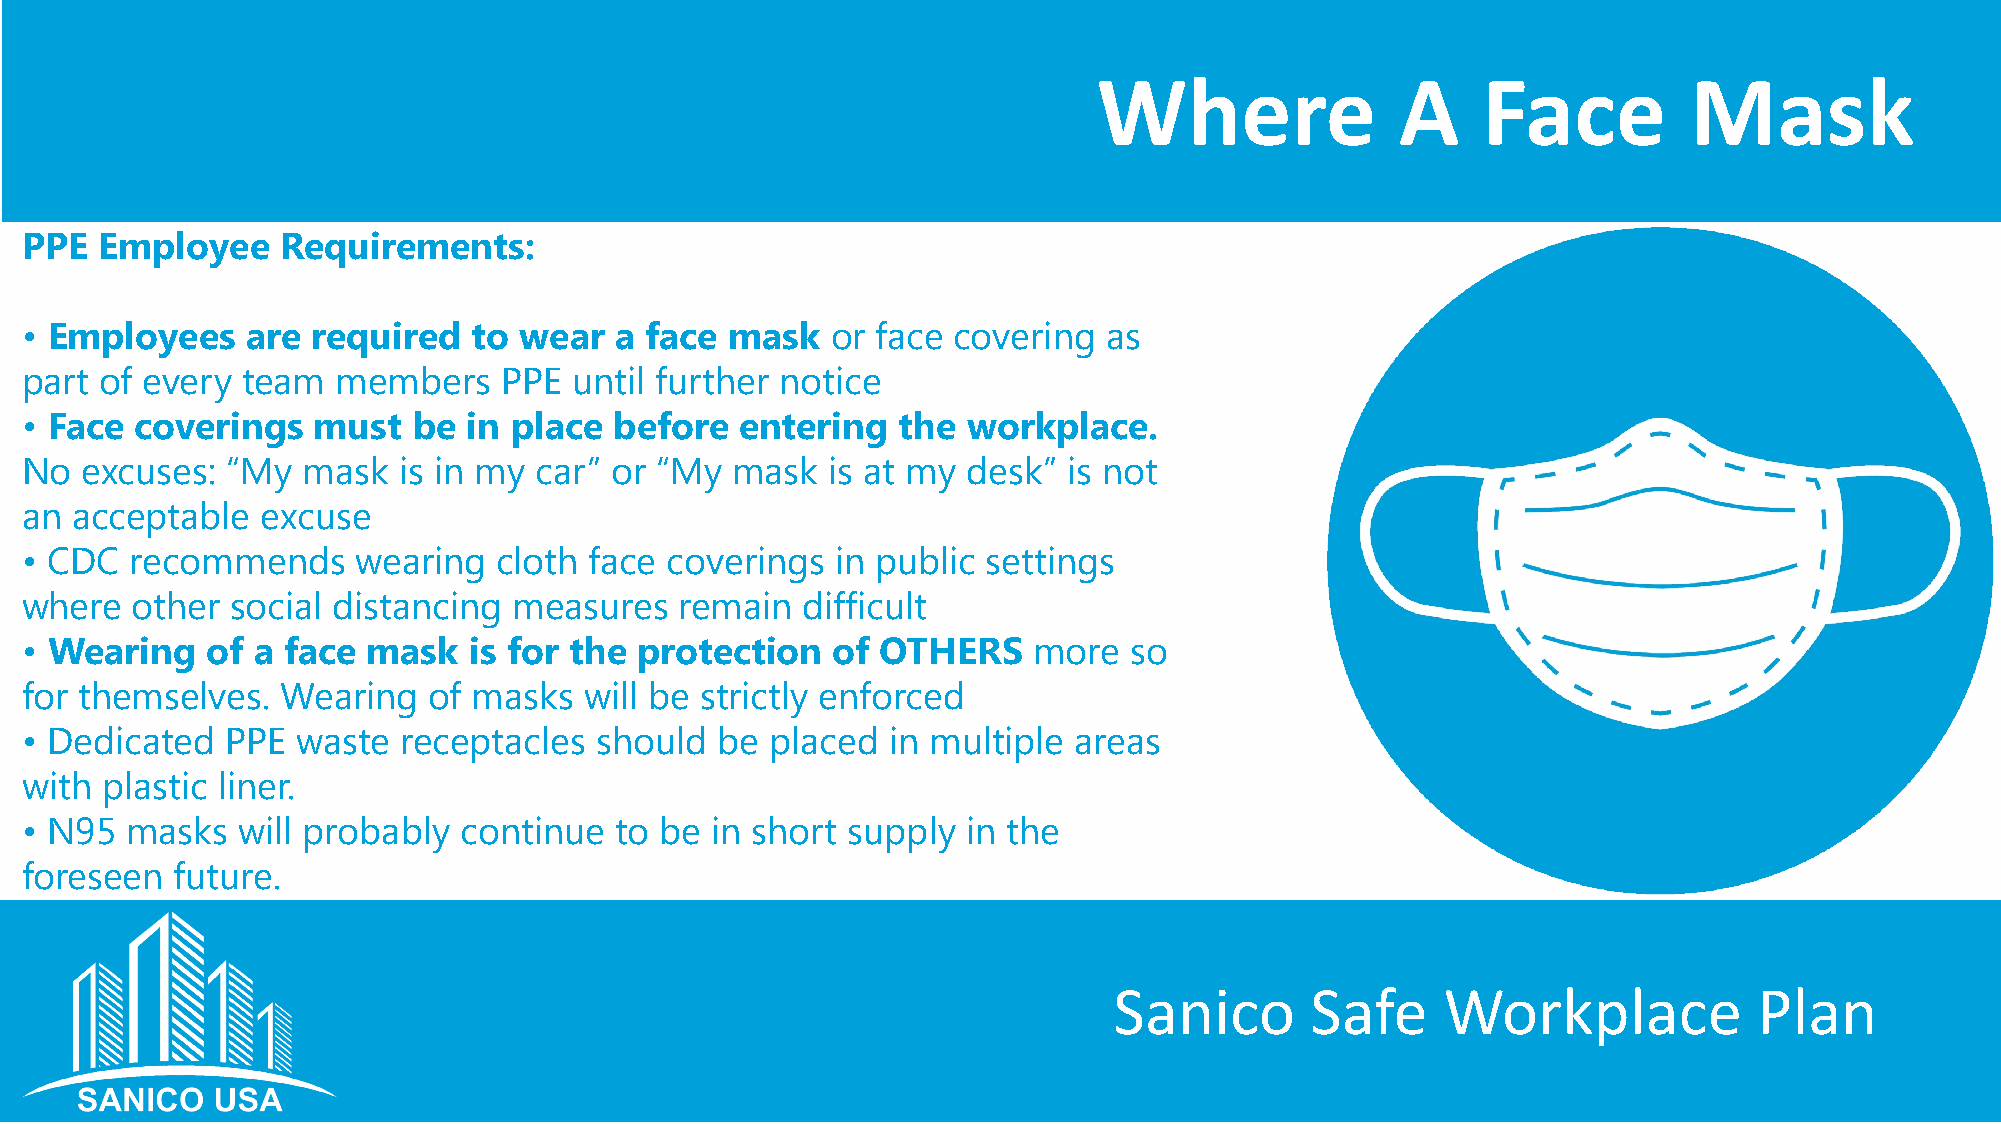
Where               A    Face          Mask
 PPE   Employee    Requirements:
 • Employees    are  required  to wear   a face mask   or face covering  as
 part  of every team  members    PPE  until further notice
 • Face  coverings   must  be  in place  before  entering  the  workplace.
 No  excuses:  “My  mask  is in my car” or “My  mask   is at my desk”  is not
 an  acceptable  excuse
 • CDC   recommends     wearing  cloth face coverings  in public settings
 where   other social distancing  measures   remain  difficult
 • Wearing    of a face mask   is for the protection   of OTHERS    more   so
 for themselves.   Wearing  of masks   will be strictly enforced
 • Dedicated   PPE  waste  receptacles should   be placed  in multiple areas
 with  plastic liner.
 • N95  masks   will probably continue   to be in short supply  in the
 foreseen   future.
 Sanico       Safe     Workplace           Plan